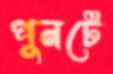
পুনটে